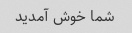
شما خوش آمدید